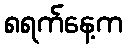
၈ရက်နေ့က